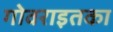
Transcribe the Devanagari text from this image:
गोवराइतका